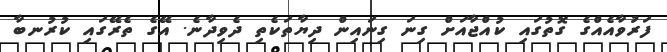
ފަރުވާއެއްގެ ގޮތުގައި ކުއްޖާއަށް ގިނަ ގިނައިން ދިޔާތަކެތި ދެވިދާނެ. އޭގެ ތެރޭގައި ކުރުނބާ